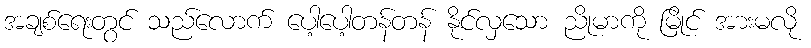
အချစ်ရေးတွင် သည်လောက် ပေါ့ပေါ့တန်တန် နိုင်လှသော ညိုမာကို မြိုင် အားမလို